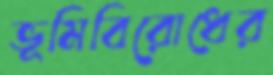
ভূমিবিরোধের